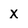
Character: x